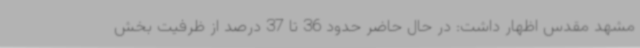
مشهد مقدس اظهار داشت: در حال حاضر حدود 36 تا 37 درصد از ظرفیت بخش